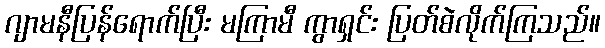
ဂျာမနီပြန်ရောက်ပြီး မကြာမီ ကွာရှင်း ပြတ်စဲလိုက်ကြသည်။